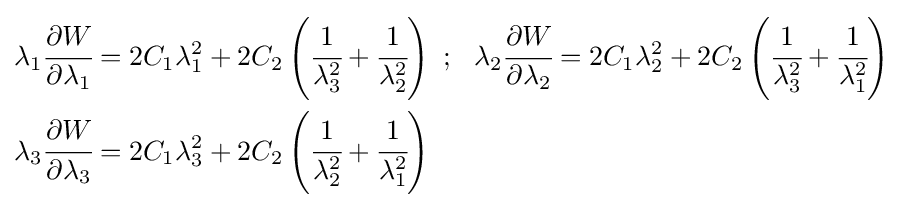
{\begin{aligned}\lambda _{1}{\cfrac {\partial {W}}{\partial \lambda _{1}}}&=2C_{1}\lambda _{1}^{2}+2C_{2}\left({\cfrac {1}{\lambda _{3}^{2}}}+{\cfrac {1}{\lambda _{2}^{2}}}\right)~;~~\lambda _{2}{\cfrac {\partial {W}}{\partial \lambda _{2}}}=2C_{1}\lambda _{2}^{2}+2C_{2}\left({\cfrac {1}{\lambda _{3}^{2}}}+{\cfrac {1}{\lambda _{1}^{2}}}\right)\\\lambda _{3}{\cfrac {\partial {W}}{\partial \lambda _{3}}}&=2C_{1}\lambda _{3}^{2}+2C_{2}\left({\cfrac {1}{\lambda _{2}^{2}}}+{\cfrac {1}{\lambda _{1}^{2}}}\right)\end{aligned}}